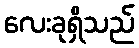
လေးခုရှိသည်